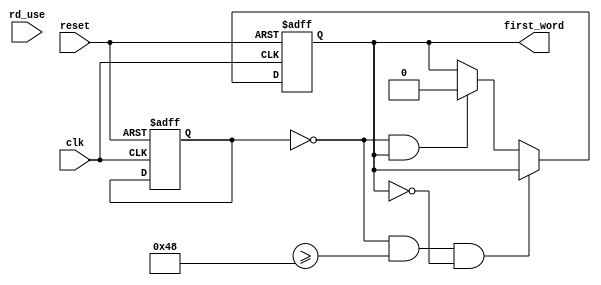
module FIFO_READ_START(
	input wire clk,
	input wire reset,		
	input wire [7:0]rd_use,
	
	output reg first_word
	
	);

//reg first_word = 0;	

	
always @(posedge clk or posedge reset)

	if(reset) 
	begin			
		
		addr <= 32'd0;
		data_mem <= 32'd0;
		
		cnt_x <= 11'd0;
		cnt_y <= 10'd0;
		Hsync <= 0;
		Vsync <= 0;
		DE <= 0;
		black_vga <= 0;
		
		fifo_r_ask <= 0;
		test_sync <= 0;
		start_vga <= 0;
		first_word <= 0;
		
	end 
	else begin
	
		if((~start_vga)&&(fifo_cnt >= 7'd200)&&(~first_word))
		begin
	
			fifo_r_ask <= 1;	
			
			if(data_in == 32'd2147483648)
			begin			
				fifo_r_ask <= 1;				
				first_word <= 1;				
			end		
			
		end
		else if ((~start_vga)&&(first_word))
		begin
			
			if(data_in == 32'd2147483647)
			begin
			
				start_vga <= 1;
				cnt_x <= 11'd2;
				cnt_y <= 10'd0;			
				addr <= 32'd2;
				DE <= 1;
				fifo_r_ask <= 1;		
			end
			else begin
				first_word <= 0;	
				fifo_r_ask <= 1;
			end
			
		end		
		else if (fifo_cnt < 7'd200)	
		begin
			fifo_r_ask <= 0;
		end		
	
//		if((cnt_x == 11'd5)&&(cnt_y == 10'd0))
		if(data_in == 32'd2147483648)
			test_sync <= 1;
		else
			test_sync <= 0;			
				
		if (start_vga)
		begin				

			// VGA GENERATOR
			cnt_x <= cnt_x + 1'd1;
			
			if(cnt_x == 11'd1055)
			begin
				cnt_x <= 11'd0;				
				cnt_y <= cnt_y + 1'd1;
				
				if(cnt_y == 10'd627)
				begin
					cnt_y <= 10'd0;
				end				
			end
			
			if((cnt_x >= 11'd841)&&(cnt_x <= 11'd969))
				
				Hsync <= 1;
			else
				Hsync <= 0;				
				
			if((cnt_y >= 10'd602)&&(cnt_y <= 10'd606))
				
				Vsync <= 1;
			else
				Vsync <= 0;		

//			if((cnt_x <= 11'd799)&&(cnt_y <= 10'd599))
//				
//				DE <= 1;
//			else
//				DE <= 0;					
				
			if( (((cnt_x <= 11'd798)||(cnt_x == 11'd1055) )&&(cnt_y <= 10'd598)) ||
			
				((cnt_x <= 11'd798)&&(cnt_y <= 10'd599)) ||
			
				((cnt_x == 11'd1055) &&(cnt_y == 10'd627)) )
				
				DE <= 1;
			else
				DE <= 0;	
	
			// DATA TEST 
			if((cnt_x <= 11'd719)&&(cnt_y <= 10'd575))
			begin
				
				addr <= addr + 1'd1;
							
				if	(addr == 32'd414719)
				begin
					addr <= 32'd0;
				end				
			end
			
			if((cnt_x <= 11'd718)&&(cnt_y <= 10'd575))
			begin			
				data_mem <= data_in;	
			end
			else begin
				data_mem <= 32'd0;
			end	

			// FIFO READ
			// 11'd717 - max 719
			if( ((cnt_x <= 11'd717)&&(cnt_y <= 10'd575)) ||
			
			// 11'd724 - max 725
			 ((cnt_x >= 11'd1054)&&(cnt_y <= 10'd574)) ||
			 
			 ((cnt_x >= 11'd1054)&&(cnt_y == 10'd627)) )			 
			begin	
				fifo_r_ask <= 1;
			end
			else begin
				fifo_r_ask <= 0;
			end

		end
				
	end
endmodule